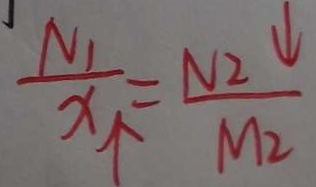
\frac { N _ { 1 } } { x _ { \uparrow } } = \frac { N _ { 2 } \downarrow } { M _ { 2 } }